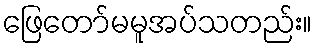
ဖြေတော်မမူအပ်သတည်း။